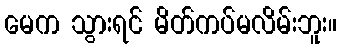
မေက သွားရင် မိတ်ကပ်မလိမ်းဘူး။